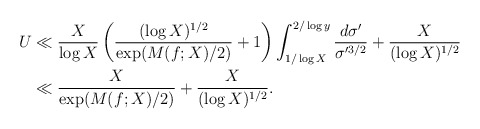
\begin{align*}U &\ll \frac{X}{\log X} \left(\frac{(\log X)^{1/2}}{\exp(M(f; X)/2)} + 1\right) \int_{1/\log X}^{2/\log y} \frac{d\sigma'}{\sigma'^{3/2}} + \frac{X}{(\log X)^{1/2}} \\&\ll \frac{X}{\exp(M(f; X)/2)} + \frac{X}{(\log X)^{1/2}}.\end{align*}